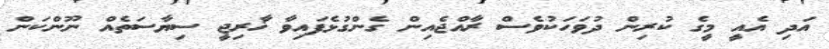
އަދި އެއީ މީގެ ކުރިން ދުވަހަކުވެސް ރާއްޖެއިން ގެންގުޅެފައިވާ ޚާރިޖީ ސިޔާސަތެއް ނޫންކަން